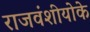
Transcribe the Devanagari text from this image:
राजवंशीयोके